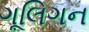
ગૂલિગન